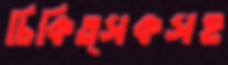
চিকিত্সকসহ